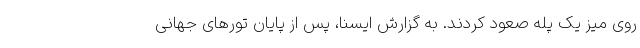
روی میز یک پله صعود کردند. به گزارش ایسنا، پس از پایان تور‌های جهانی